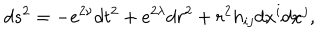
d s ^ { 2 } = - e ^ { 2 \nu } d t ^ { 2 } + e ^ { 2 \lambda } d r ^ { 2 } + r ^ { 2 } h _ { i j } d x ^ { i } d x ^ { j } ,